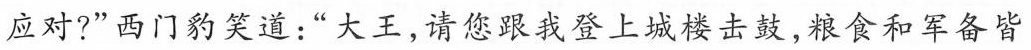
应对?”西门豹笑道：”大王，请您跟我登上城楼击鼓，粮食和军备皆